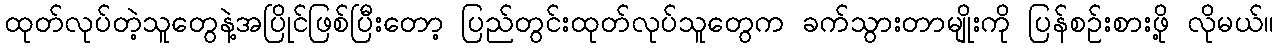
ထုတ်လုပ်တဲ့သူတွေနဲ့အပြိုင်ဖြစ်ပြီးတော့ ပြည်တွင်းထုတ်လုပ်သူတွေက ခက်သွားတာမျိုးကို ပြန်စဉ်းစားဖို့ လိုမယ်။